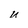
Character: u